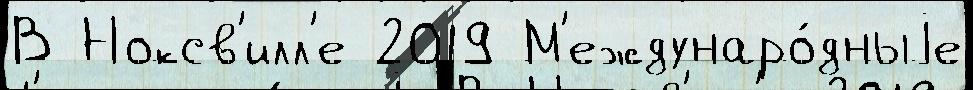
В Ноксв'илл'е 2019 М'еждунаро́дныjе